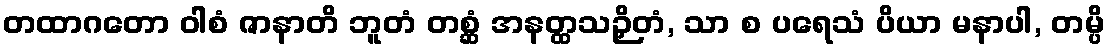
တထာဂတော ဝါစံ ဇာနာတိ ဘူတံ တစ္ဆံ အနတ္ထသဉှိတံ, သာ စ ပရေသံ ပိယာ မနာပါ, တမ္ပိ